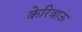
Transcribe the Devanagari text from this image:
केरिबाऊ